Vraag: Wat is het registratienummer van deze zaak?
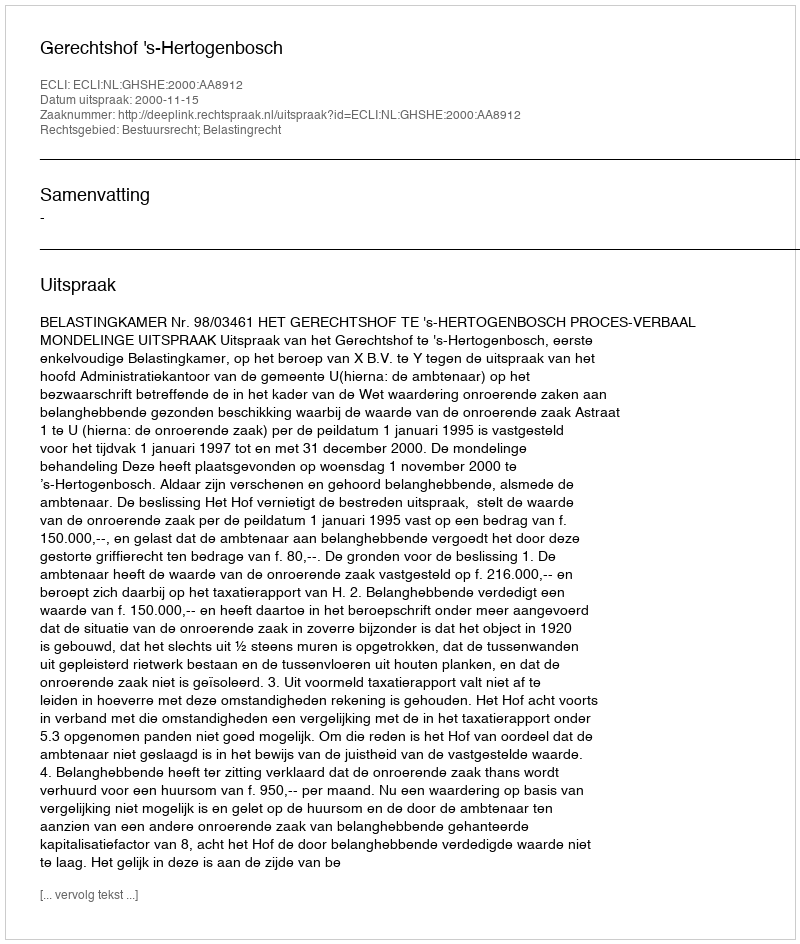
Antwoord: http://deeplink.rechtspraak.nl/uitspraak?id=ECLI:NL:GHSHE:2000:AA8912